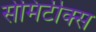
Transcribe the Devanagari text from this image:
सेमिटीक्स